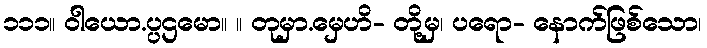
၁၁၁။ ဝါယော.ပ္ပဌမော။ ။ တုမှာ.မှေဟိ- တို့မှ၊ ပရော- နောက်ဖြစ်သော၊